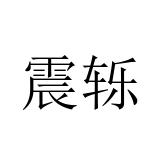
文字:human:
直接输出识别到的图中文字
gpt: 震轹